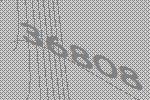
36808